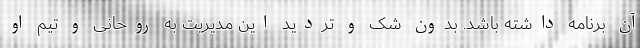
آن برنامه داشته باشد. بدون شک و تردید این مدیریت به روحانی و تیم او